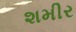
શમીર